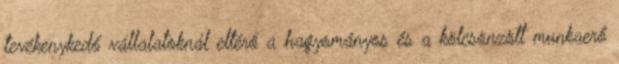
tevékenykedő vállalatoknál eltérő a hagyományos és a kölcsönzött munkaerő